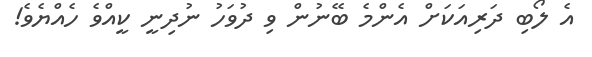
އެ ލޯބި ދަރިއަކަށް އެންމެ ބޭނުން ވި ދުވަހު ނުދިނީ ކީއްވެ ހެއްޔެވެ!